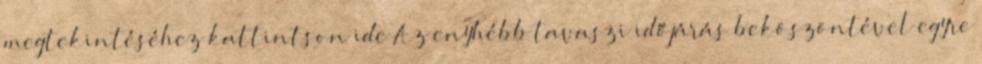
megtekintéséhez kattintson ide Az enyhébb tavaszi időjárás beköszöntével egyre